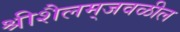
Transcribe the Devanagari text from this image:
श्रीशैलम्‌जवळील